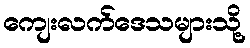
ကျေးလက်ဒေသများသို့